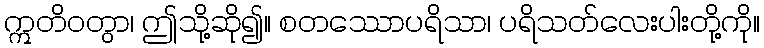
ဣတိဝတွာ၊ ဤသို့ဆို၍။ စတဿောပရိသာ၊ ပရိသတ်လေးပါးတို့ကို။